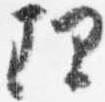
理